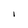
Character: I